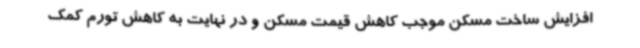
افزایش ساخت مسکن موجب کاهش قیمت مسکن و در نهایت به کاهش تورم کمک